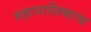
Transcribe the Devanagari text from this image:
महापालिकाच